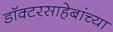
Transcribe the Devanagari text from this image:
डॉक्टरसाहेबांच्या